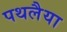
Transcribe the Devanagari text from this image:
पथलैया